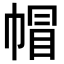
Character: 帽